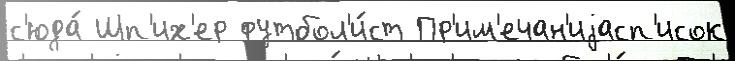
с'юда́ Шп'их'ер футбол'и́ст Пр'им'ечан'иjасп'исок